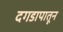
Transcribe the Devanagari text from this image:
दगडापातून